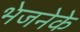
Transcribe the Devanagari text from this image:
भेजनेके